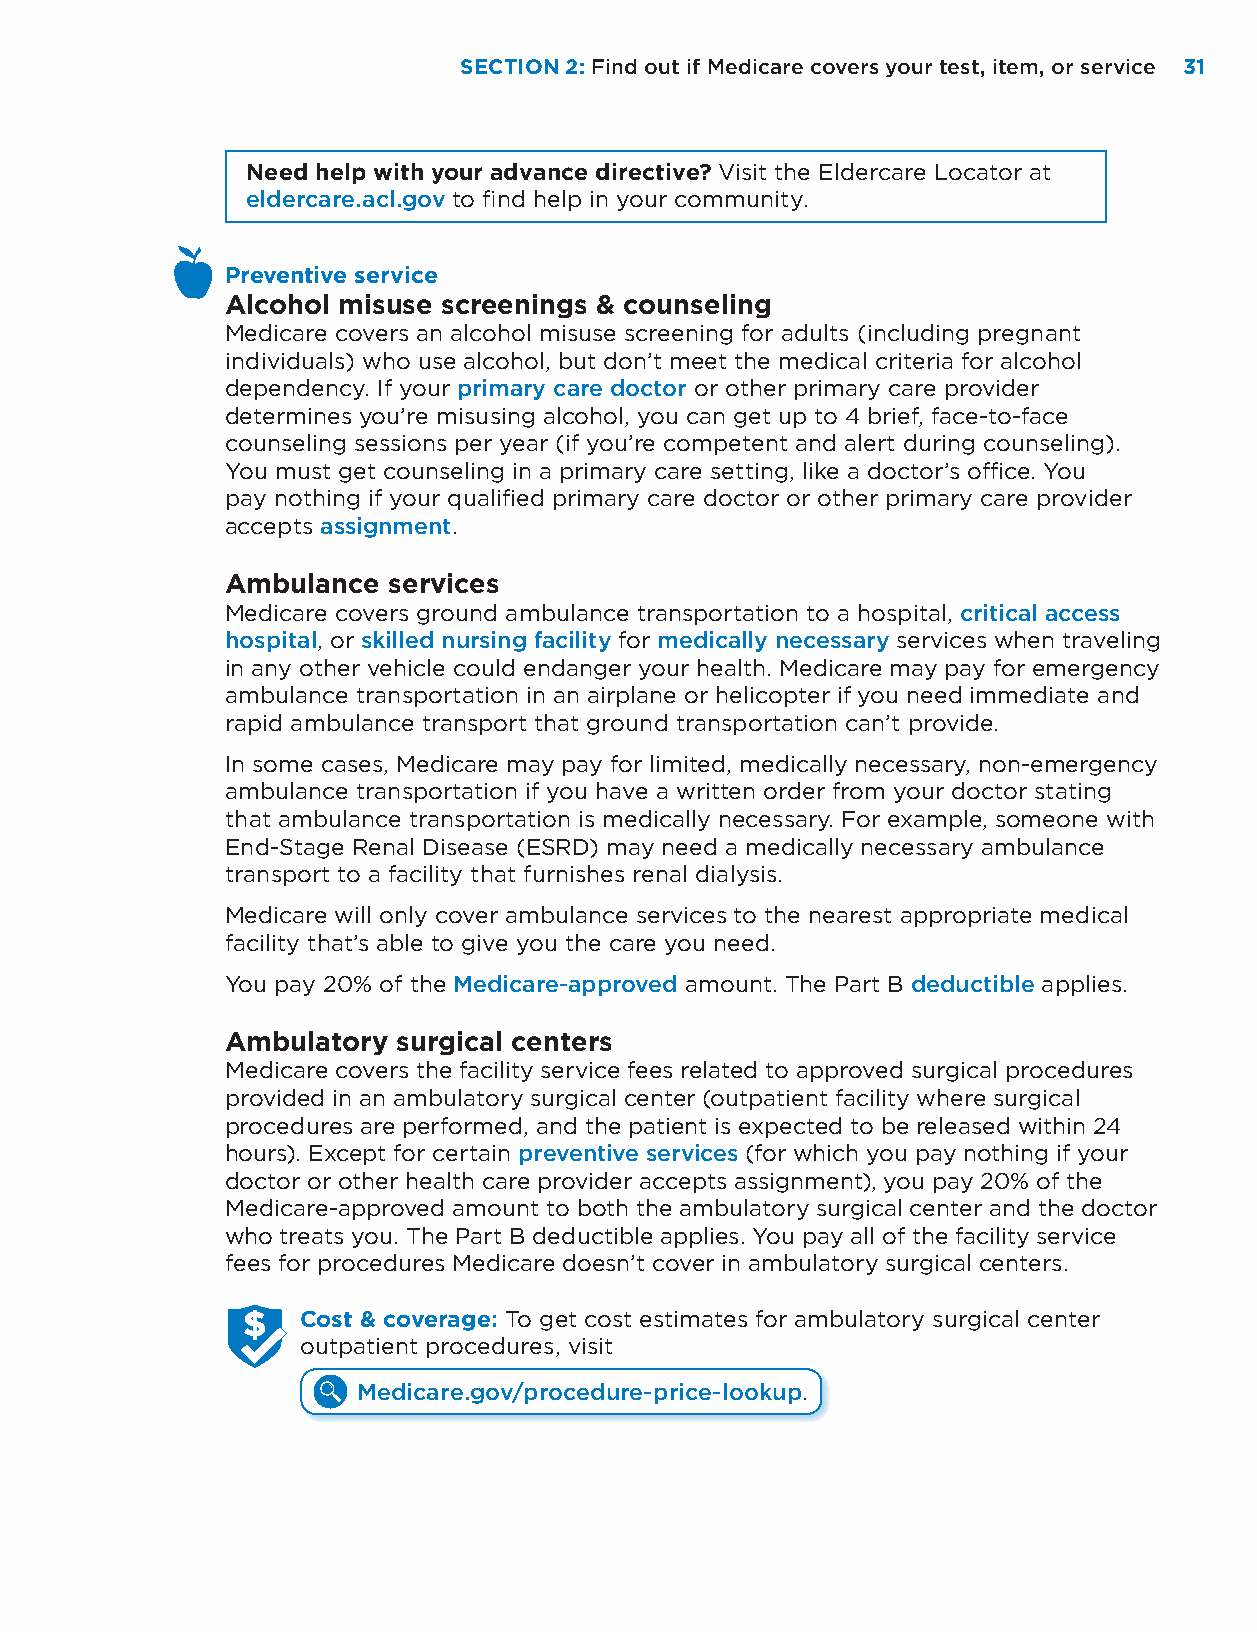
SECTION 2: Find out if Medicare covers your test, item, or service 31
 Need help with your advance directive? Visit the Eldercare Locator at
 eldercare.acl.gov to find help in your community.
 Preventive service
 Alcohol misuse screenings & counseling
 Medicare covers an alcohol misuse screening for adults (including pregnant
 individuals) who use alcohol, but don’t meet the medical criteria for alcohol
 dependency. If your primary care doctor or other primary care provider
 determines you’re misusing alcohol, you can get up to 4 brief, face-to-face
 counseling sessions per year (if you’re competent and alert during counseling).
 You must get counseling in a primary care setting, like a doctor’s office. You
 pay nothing if your qualified primary care doctor or other primary care provider
 accepts assignment.
 Ambulance  services
 Medicare covers ground ambulance transportation to a hospital, critical access
 hospital, or skilled nursing facility for medically necessary services when traveling
 in any other vehicle could endanger your health. Medicare may pay for emergency
 ambulance transportation in an airplane or helicopter if you need immediate and
 rapid ambulance transport that ground transportation can’t provide.
 In some cases, Medicare may pay for limited, medically necessary, non-emergency
 ambulance transportation if you have a written order from your doctor stating
 that ambulance transportation is medically necessary. For example, someone with
 End-Stage Renal Disease (ESRD) may need a medically necessary ambulance
 transport to a facility that furnishes renal dialysis.
 Medicare will only cover ambulance services to the nearest appropriate medical
 facility that’s able to give you the care you need.
 You pay 20% of the Medicare-approved amount. The Part B deductible applies.
 Ambulatory surgical centers
 Medicare covers the facility service fees related to approved surgical procedures
 provided in an ambulatory surgical center (outpatient facility where surgical
 procedures are performed, and the patient is expected to be released within 24
 hours). Except for certain preventive services (for which you pay nothing if your
 doctor or other health care provider accepts assignment), you pay 20% of the
 Medicare-approved amount to both the ambulatory surgical center and the doctor
 who treats you. The Part B deductible applies. You pay all of the facility service
 fees for procedures Medicare doesn’t cover in ambulatory surgical centers.
 Cost & coverage: To get cost estimates for ambulatory surgical center
 outpatient procedures, visit
 Medicare.gov/procedure-price-lookup.